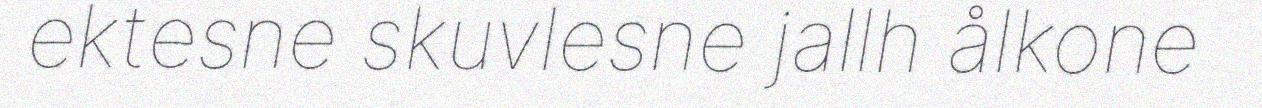
ektesne skuvlesne jallh ålkone